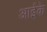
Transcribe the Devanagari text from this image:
आईके